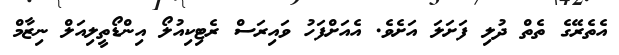
އެތެރޭގެ ތެތް ދުލި ފަށަލަ އަށެވެ. އެއަށްފަހު ވައިރަސް ރެޓިކިއުލޯ އިންޑޯތީލިއަލް ނިޒާމް